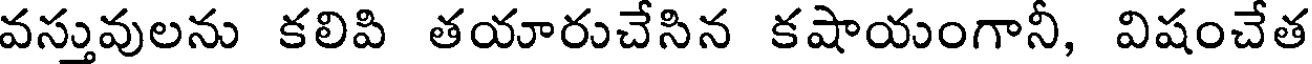
వస్తువులను కలిపి తయారుచేసిన కషాయంగానీ, విషంచేత